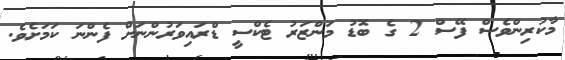
މާކުރިންވެސް ފޭސް 2 ގެ ބޮޑު މަންޒަަރު ޓެކްސީ ޑްރައިވަރުންނަށް ފެންނަ ކަމަށެވެ.